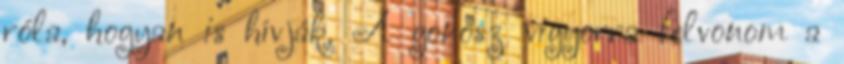
róla, hogyan is hívják. A gonosz vigyorra felvonom a